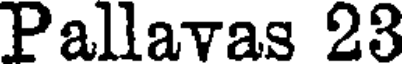
Pallavas 23